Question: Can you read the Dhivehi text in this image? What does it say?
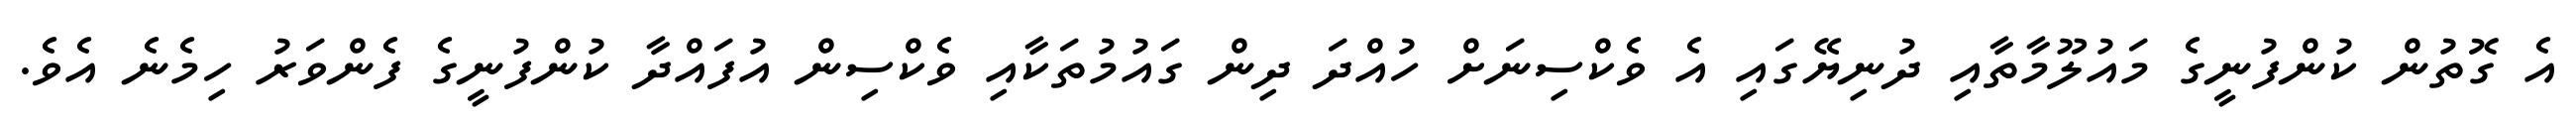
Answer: އެ ގޮތުން ކުންފުނީގެ މައުލޫމާތާއި ދުނިޔޭގައި އެ ވެކްސިނަށް ހުއްދަ ދިން ގައުމުތަކާއި ވެކްސިން އުފައްދާ ކުންފުނީގެ ފެންވަރު ހިމެނެ އެވެ.